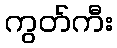
ကွတ်ကီး